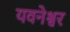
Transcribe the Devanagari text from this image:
यवनेश्वर